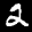
Label: 2